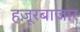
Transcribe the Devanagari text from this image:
हज़ूरबाजार